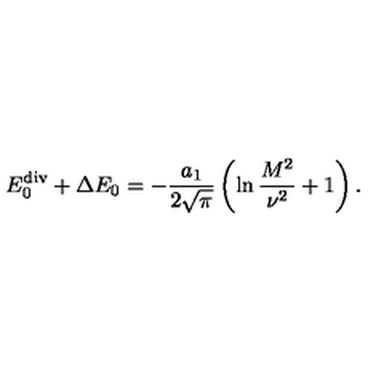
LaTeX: E _ { 0 } ^ { \mathrm { d i v } } + \Delta E _ { 0 } = - \frac { a _ { 1 } } { 2 \sqrt { \pi } } \left( \ln \frac { M ^ { 2 } } { \nu ^ { 2 } } + 1 \right) .